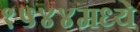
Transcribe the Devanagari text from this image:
१५४४मध्ये